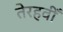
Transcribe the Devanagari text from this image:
तेरहवीँ